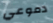
دموعي